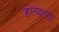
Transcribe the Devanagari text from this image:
हल्याच्या